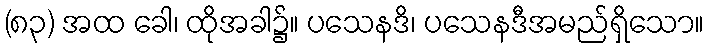
(၈၃) အထ ခေါ၊ ထိုအခါ၌။ ပသေနဒိ၊ ပသေနဒီအမည်ရှိသော။